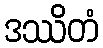
ဒဿိတံ